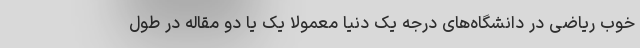
خوب ریاضی در دانشگاه‌های درجه یک دنیا معمولاً یک یا دو مقاله در طول